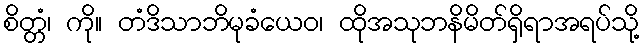
စိတ္တံ၊ ကို။ တံဒိသာဘိမုခံယေဝ၊ ထိုအသုဘနိမိတ်ရှိရာအရပ်သို့